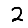
Digit: 2